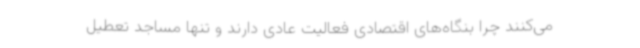
می‌کنند چرا بنگاه‌های اقتصادی فعالیت عادی دارند و تنها مساجد تعطیل